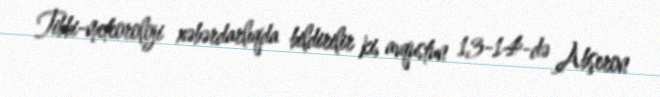
Tibbi-meteoroloji xəbərdarlıqda bildirilir ki, avqustun 13-14-də Abşeron